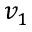
v _ { 1 }